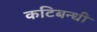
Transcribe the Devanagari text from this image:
कटिबन्धी